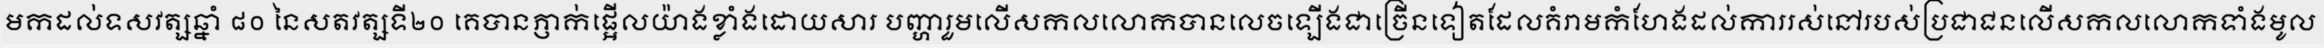
មកដល់ទសវត្សឆ្នាំ ៨០ នៃសតវត្សទី២០ គេបានភ្ញាក់ផ្អើលយ៉ាងខ្លាំងដោយសារ បញ្ហារួមលើសកលលោកបានលេចឡើងជាច្រើនទៀតដែលគំរាមកំហែងដល់ការរស់នៅរបស់ប្រជាជនលើសកលលោកទាំងមូល